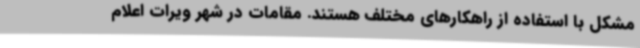
مشکل با استفاده از راهکارهای مختلف هستند. مقامات در شهر ویرات اعلام